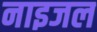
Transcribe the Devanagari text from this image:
नाइजल